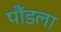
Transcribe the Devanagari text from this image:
पौंडला